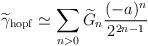
LaTeX: \begin{align*}\widetilde\gamma_{\rm hopf}\simeq\sum_{n>0}\widetilde{G}_n{(-a)^n\over2^{2n-1}}\end{align*}